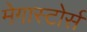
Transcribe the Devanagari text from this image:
मेगास्टोर्स